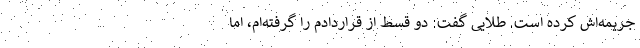
جریمه‌اش کرده است. طلایی گفت: دو قسط از قراردادم را گرفته‌ام، اما